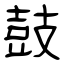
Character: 鼓